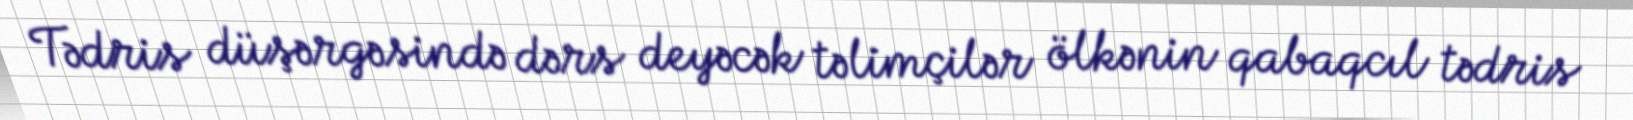
Tədris düşərgəsində dərs deyəcək təlimçilər ölkənin qabaqcıl tədris